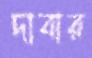
দাবার